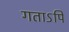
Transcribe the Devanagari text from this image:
गताऽपि